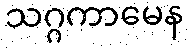
သဂ္ဂကာမေန